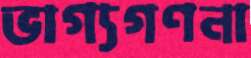
ভাগ্যগণনা